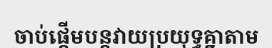
ចាប់ផ្តើមបន្តវាយប្រយុទ្ធគ្នាតាម